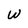
Character: W